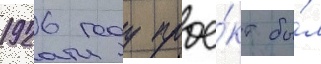
1926 году прое́кт бы́л